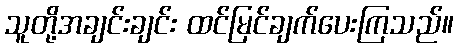
သူတို့အချင်းချင်း ထင်မြင်ချက်ပေးကြသည်။